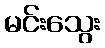
မင်းသွေး